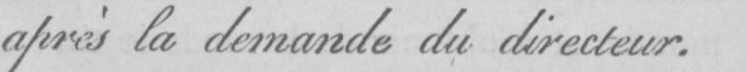
après la demande du directeur.